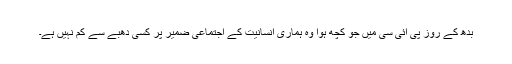
بدھ کے روز پی آئی سی میں جو کچھ ہوا وہ ہماری انسانیت کے اجتماعی ضمیر پر کسی دھبے سے کم نہیں ہے۔